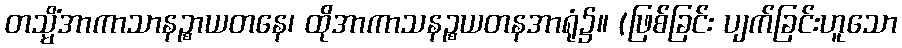
တသ္မိံအာကာသာနဉ္စာယတနေ၊ ထိုအာကာသနဉ္စယတနအာရုံ၌။ (ဖြစ်ခြင်း ပျက်ခြင်းဟူသော